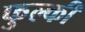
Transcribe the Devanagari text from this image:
फुल्‍की